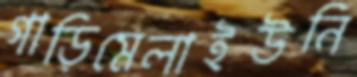
গাড়িমেলাইউনি